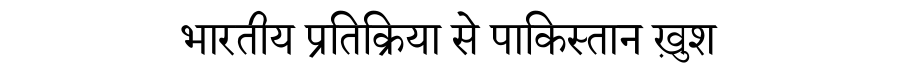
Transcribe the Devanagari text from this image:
भारतीय प्रतिक्रिया से पाकिस्तान ख़ुश